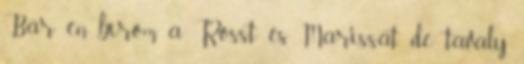
Bár én bírom a Rosst és Marissát, de tavaly